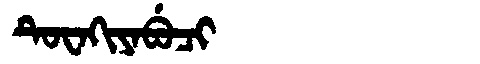
Manchu: ᡨᡠᠸᠠᡴᡳᠶᠠᠪᡠᠴᡳ
Romanization: TUWAKIYABUCI